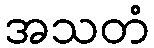
အသတံ